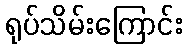
ရုပ်သိမ်းကြောင်း